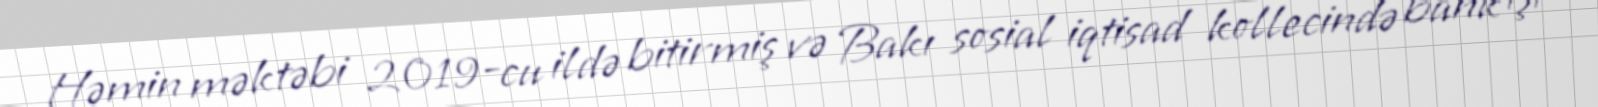
Həmin məktəbi 2019-cu ildə bitirmiş və Bakı sosial iqtisad kollecində bank işi